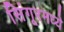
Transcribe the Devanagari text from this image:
सिंगूरमध्ये